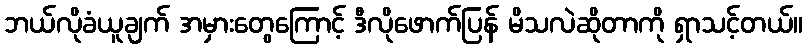
ဘယ်လိုခံယူချက် အမှားတွေကြောင့် ဒီလိုဖောက်ပြန် မိသလဲဆိုတာကို ရှာသင့်တယ်။